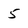
Character: 5